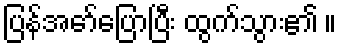
ပြန်အော်ပြောပြီး ထွက်သွား၏ ။